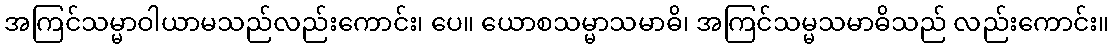
အကြင်သမ္မာဝါယာမသည်လည်းကောင်း၊ ပေ။ ယောစသမ္မာသမာဓိ၊ အကြင်သမ္မသမာဓိသည် လည်းကောင်း။